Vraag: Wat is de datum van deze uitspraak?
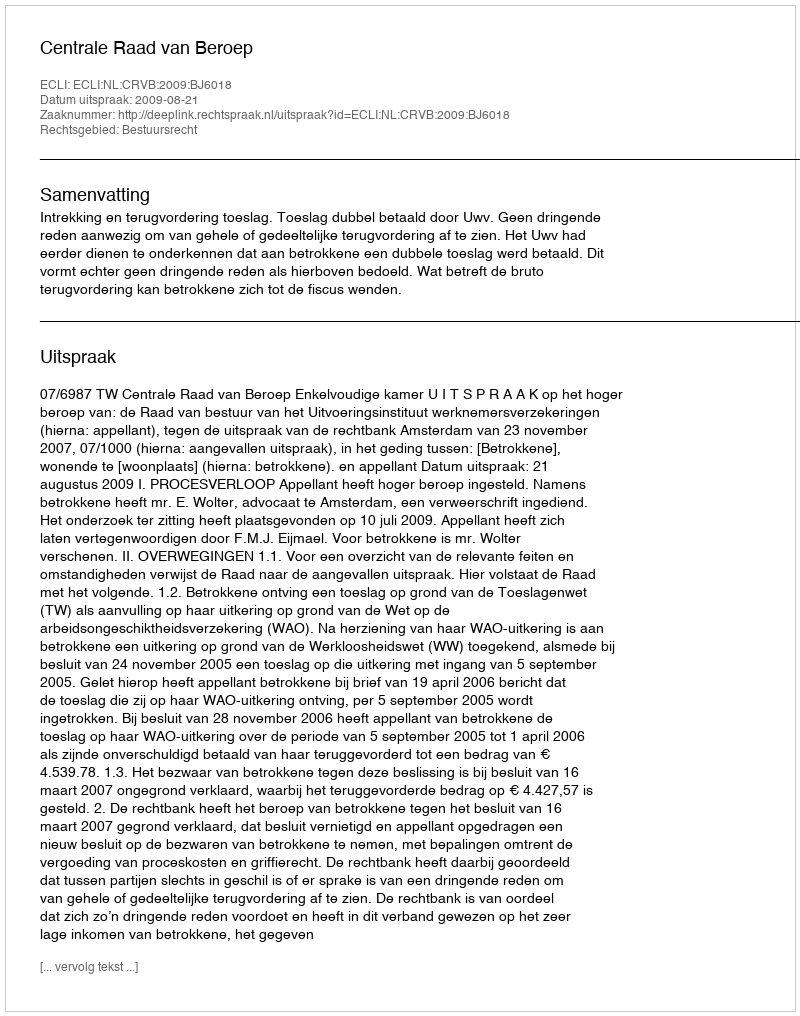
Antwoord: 2009-08-21